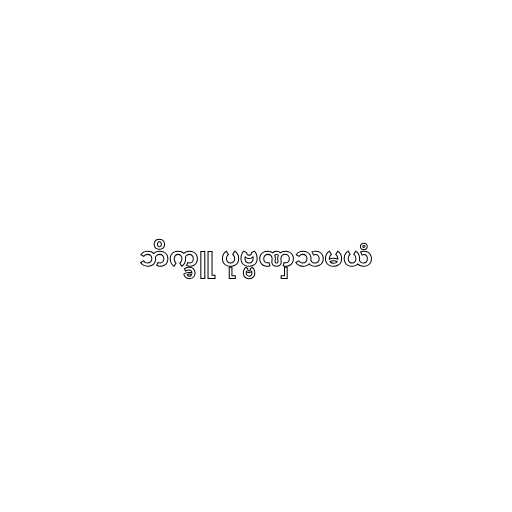
ဘိက္ခူ ပုဗ္ဗဏှသမယံ